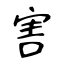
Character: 害